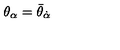
\theta _ { \alpha } = \bar { \theta } _ { \dot { \alpha } }